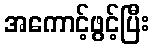
အကောင့်ဖွင့်ပြီး